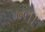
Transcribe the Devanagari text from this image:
७१।।